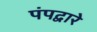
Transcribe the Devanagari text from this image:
पंपद्वारे